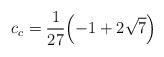
LaTeX: \begin{align*}c_c=\frac{1}{ 27} {\left(-1 + 2 \sqrt{7} \right) }\end{align*}